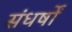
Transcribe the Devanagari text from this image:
संधर्षों